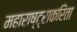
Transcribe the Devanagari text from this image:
महाराष्ट्राकरिता